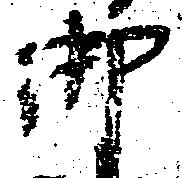
御